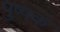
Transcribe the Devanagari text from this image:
पुष्‍पकं